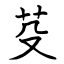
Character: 芟